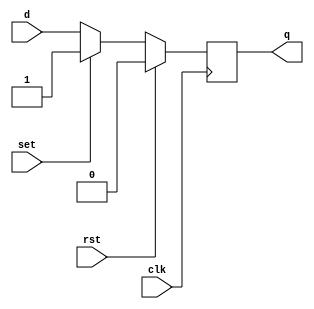
module d_ff_reset_set (
    input wire clk,        // Clock signal
    input wire rst,        // Reset signal
    input wire set,        // Set signal
    input wire d,          // Data input
    output reg q           // Output
);

always @(posedge clk) begin
    if (rst) begin
        q <= 1'b0;        // Predefined state for reset
    end else if (set) begin
        q <= 1'b1;        // Predefined value for set
    end else begin
        q <= d;           // Store input data on rising edge of clock
    end
end

endmodule